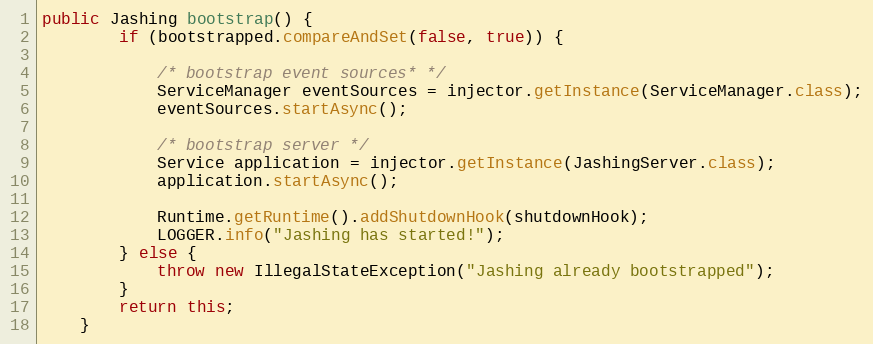
Language: Java
public Jashing bootstrap() {
        if (bootstrapped.compareAndSet(false, true)) {

            /* bootstrap event sources* */
            ServiceManager eventSources = injector.getInstance(ServiceManager.class);
            eventSources.startAsync();

            /* bootstrap server */
            Service application = injector.getInstance(JashingServer.class);
            application.startAsync();

            Runtime.getRuntime().addShutdownHook(shutdownHook);
            LOGGER.info("Jashing has started!");
        } else {
            throw new IllegalStateException("Jashing already bootstrapped");
        }
        return this;
    }